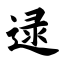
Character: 逯